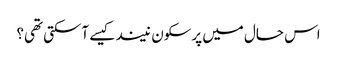
اس حال میں پرسکون نیند کیسے آسکتی تھی؟